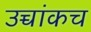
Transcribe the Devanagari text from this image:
उच्चांकच